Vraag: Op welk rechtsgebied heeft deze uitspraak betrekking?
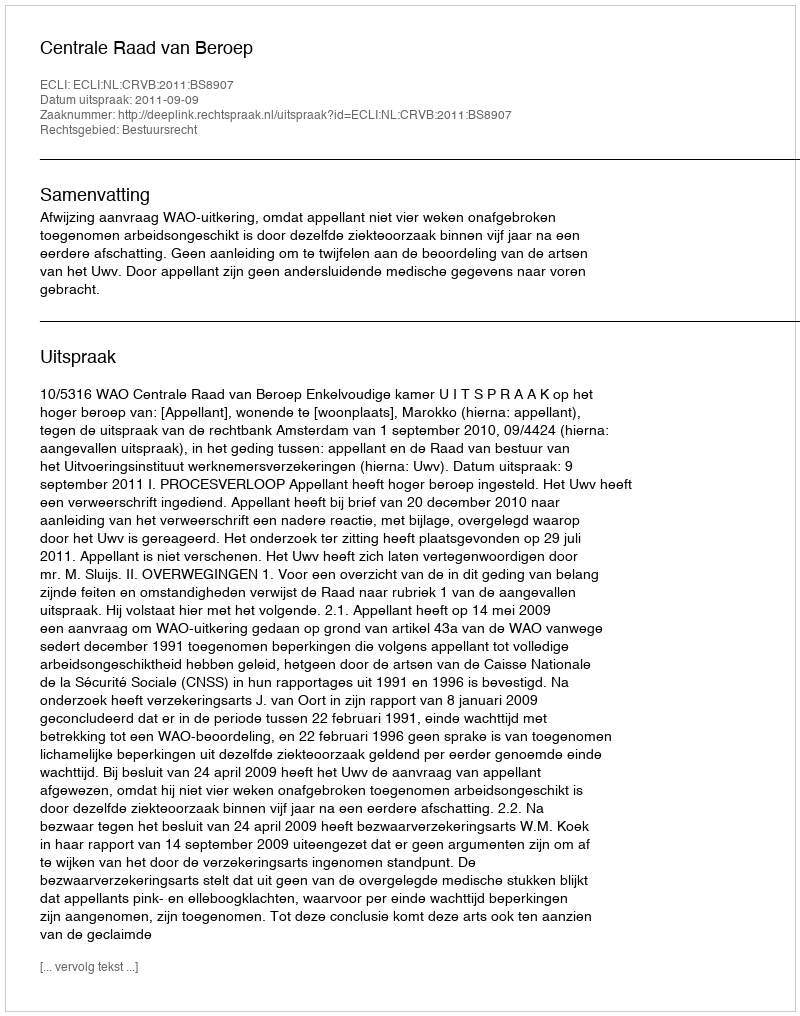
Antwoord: Bestuursrecht